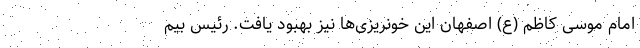
امام موسی کاظم (ع) اصفهان این خونریزی‌ها نیز بهبود یافت. رئیس بیم